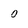
Character: 0